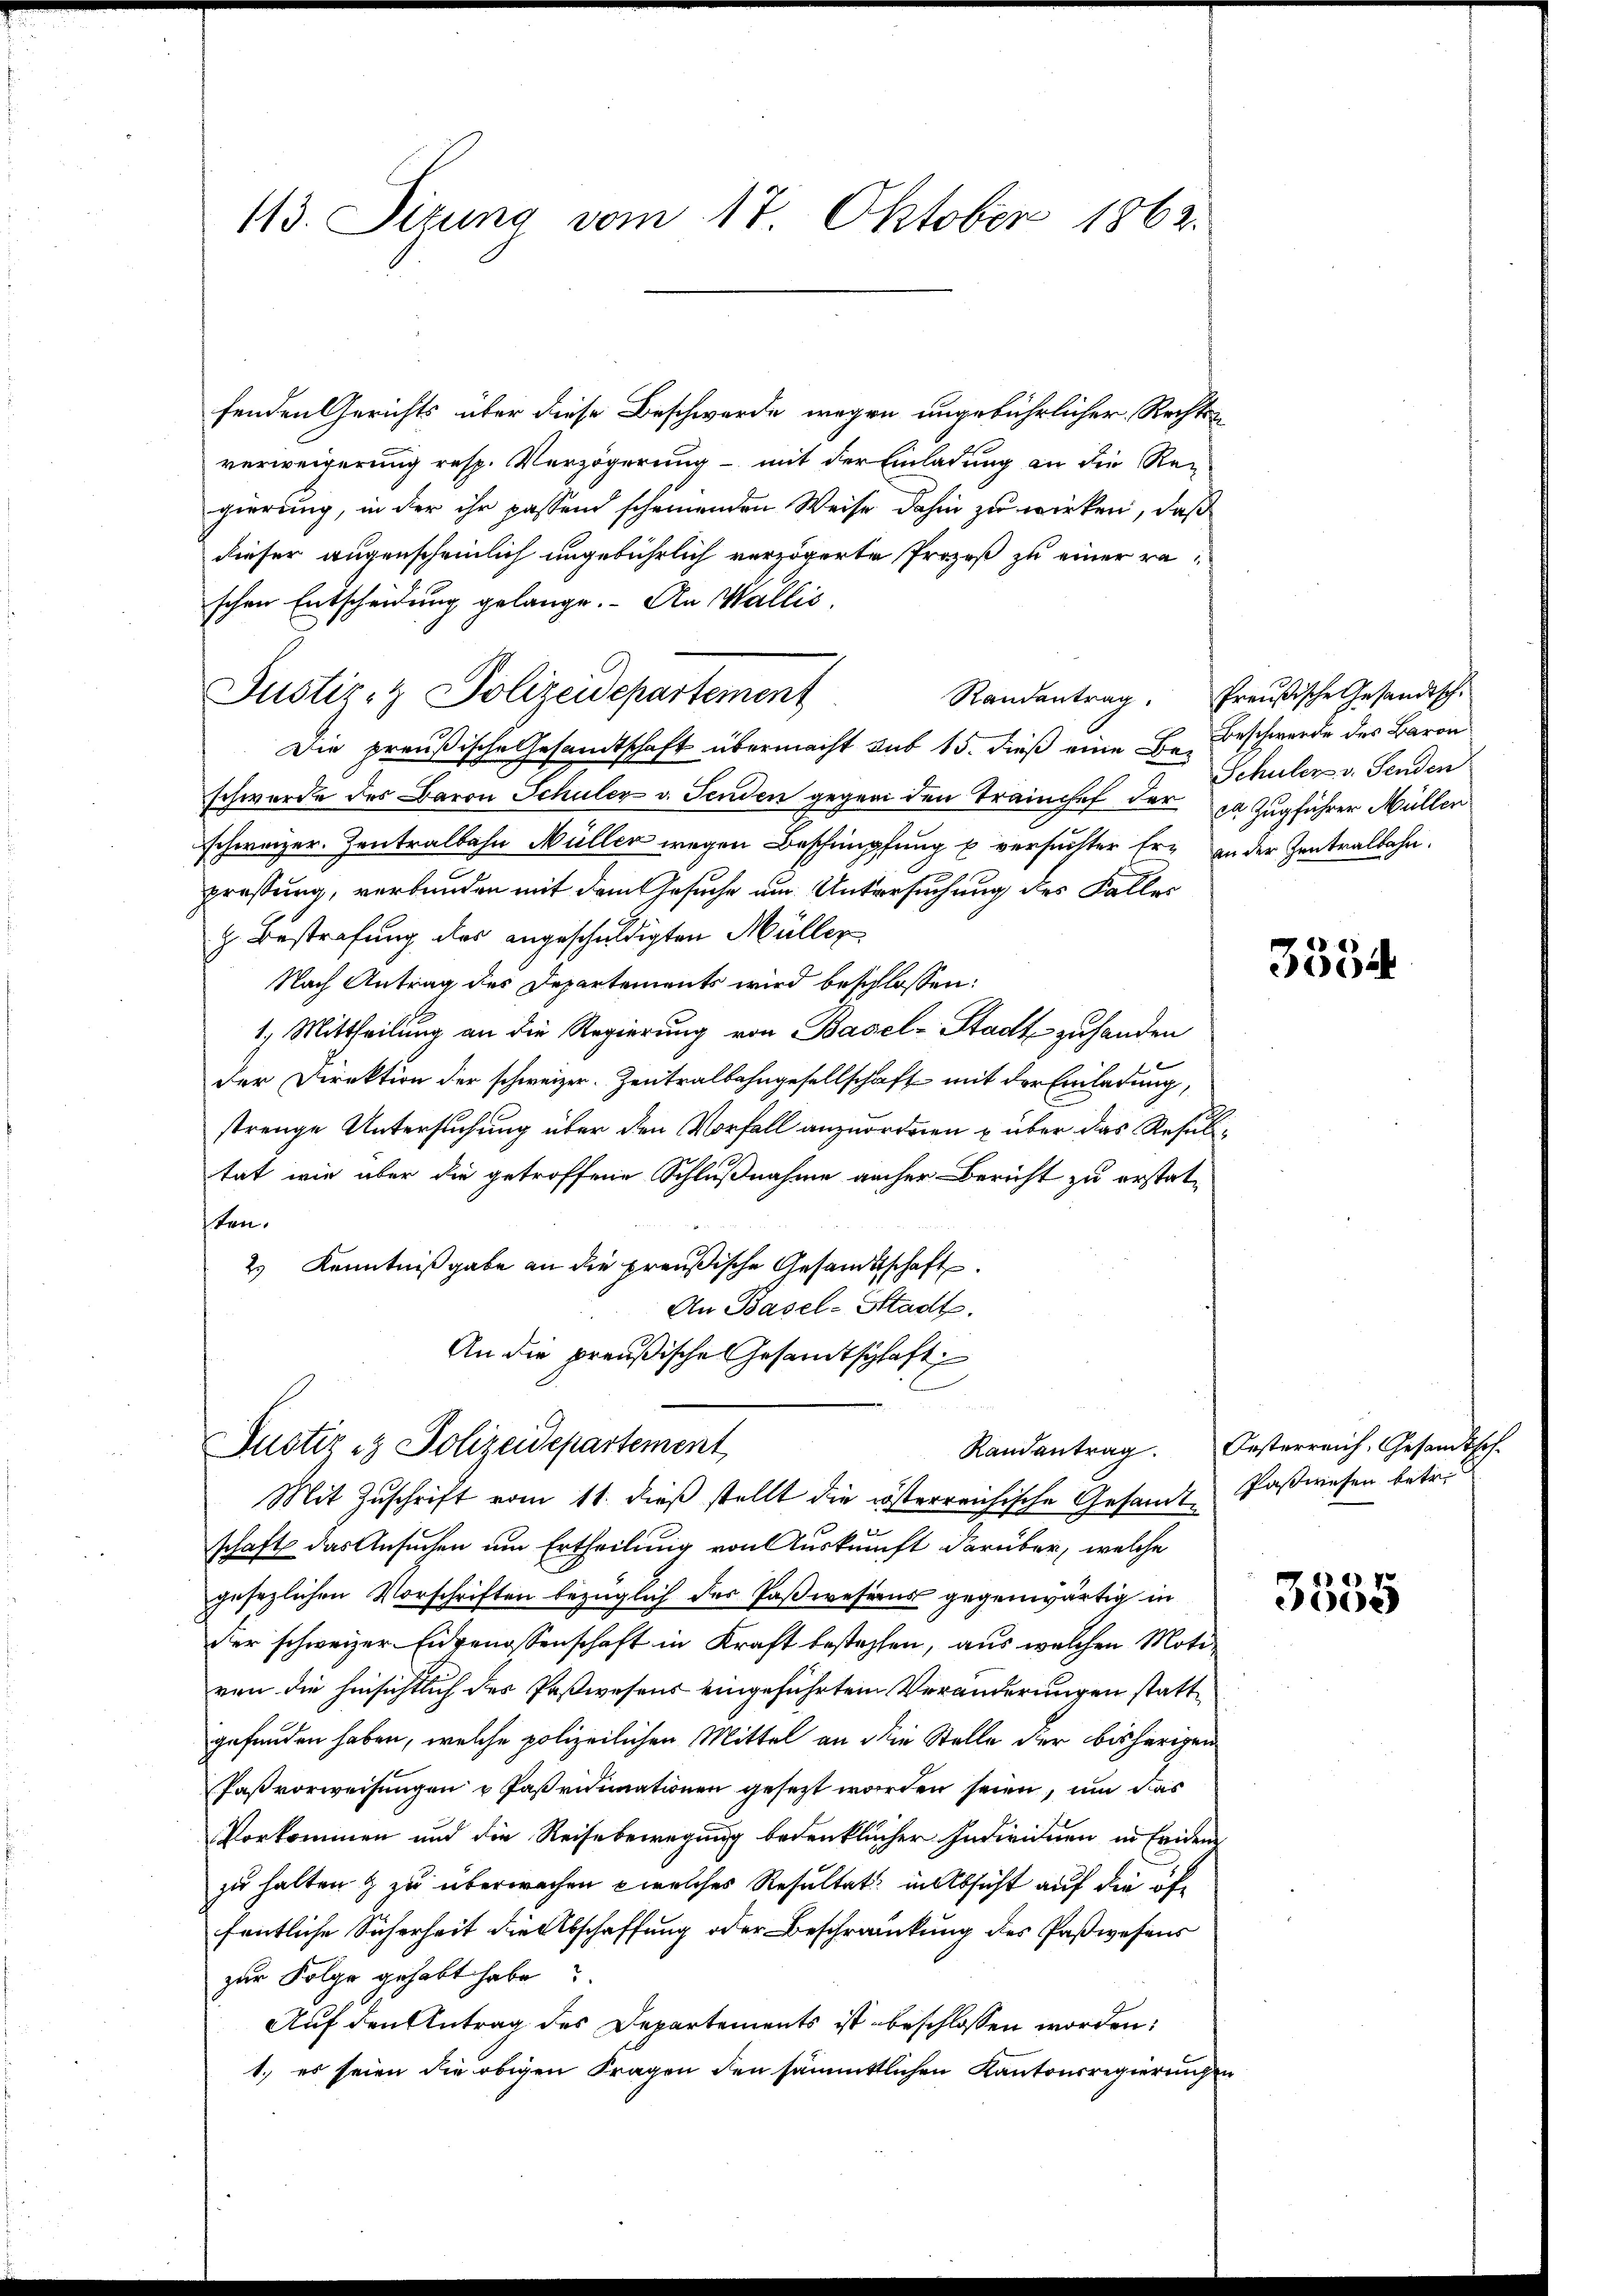
113. Situng vom 17. Oktober 1863.

fenden Gerichts über diese Beschwerde wegen ungebührlicher Rechtsverweigerung resp. Verzögerung - mit der Einladung an die Regierung, in der ihr passend scheinenden Weise dahin zu wirken, daß
dieser augenscheinlich ungebührlich verzögerte Prozeß zu einer raschen Entscheidung gelange. An Wallis,
Justiz- & Polizeidepartement
Die preußische Gesandtschaft übermacht sub 15. dieß eine E. Beschwerde des Baron
schwerde des Baron Schuler v. Senden gegen den Trainchef der ja Zugführer Müller
schweizer. Zentralbahn Müller wegen Beschimpfung u. versuchter Er an der Zentralbahn.
pressung, verbunden mit dem Gesuche um Untersuchung des Faller
z Bestrafung des angeschuldigten Müller
Nach Antrag des Departements wird beschlossen:
1. Mittheilung an die Regierung von Basel-Stadt zu handen
der Direktion der schweizer. Zentralbahngesellschaft mit der Einladung,
strenge Untersuchung über den Vorfall anzuordnen u über das Resultat, wie aber die getroffene Schlußnahme aucher Bericht zu erstatsten.
2.) Kenntnißgabe an die preußische Gesandtschaft
An Basel-Stadt.
An die preußische Gesandtschaft
e

Justiz & Polizeidepartement
Mit Zŭschrift vom 11. dieβ stellt die lösterreichische Gesandt Paßwesen betr.

schaft das Ansuchen um Ertheilung von Auskunft darüber, welche
gesezlichen Vorschriften bezüglich des Paßwesens gegenwärtig in
der schweizer Eidgenossenschaft in Kraft bestehen, aus welchen Motiven die hinsichtlich des Paßwesens eingeführten Veränderungen stattgefunden haben, welche polizeilichen Mittel an die Stelle der bisherigen
Faßvorweisungen u Paßvidimationen gesezt worden seien, um das
Vorkommen und die Reisebewegung bedenklicher Individuen in Leiden
zu halten & zu überwachen welches Resultat in Absicht auf die öffentliche Sicherheit die Abschaffung oder Beschränckung des Paßwesens
zur Folge gehabt habe?
Auf den Antrag des Departements ist beschlossen worden:
1.) es seien die obigen Fragen den sämmtlichen Kantonsregierungen

Schüler v. Senden

Randantrag. Preußische Gesandtsch.

3354

Randantrag. Oesterreich. Gesandtsch.

3535